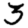
Digit: 3